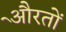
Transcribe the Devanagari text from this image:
औेरतों